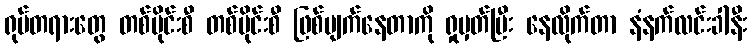
ရုပ်တရားတွေ တစ်ပိုင်းစီ တစ်ပိုင်းစီ ဖြစ်ပျက်နေတာကို ရှုမှတ်ပြီး နေလိုက်တာ နံနက်လင်းခါနီး